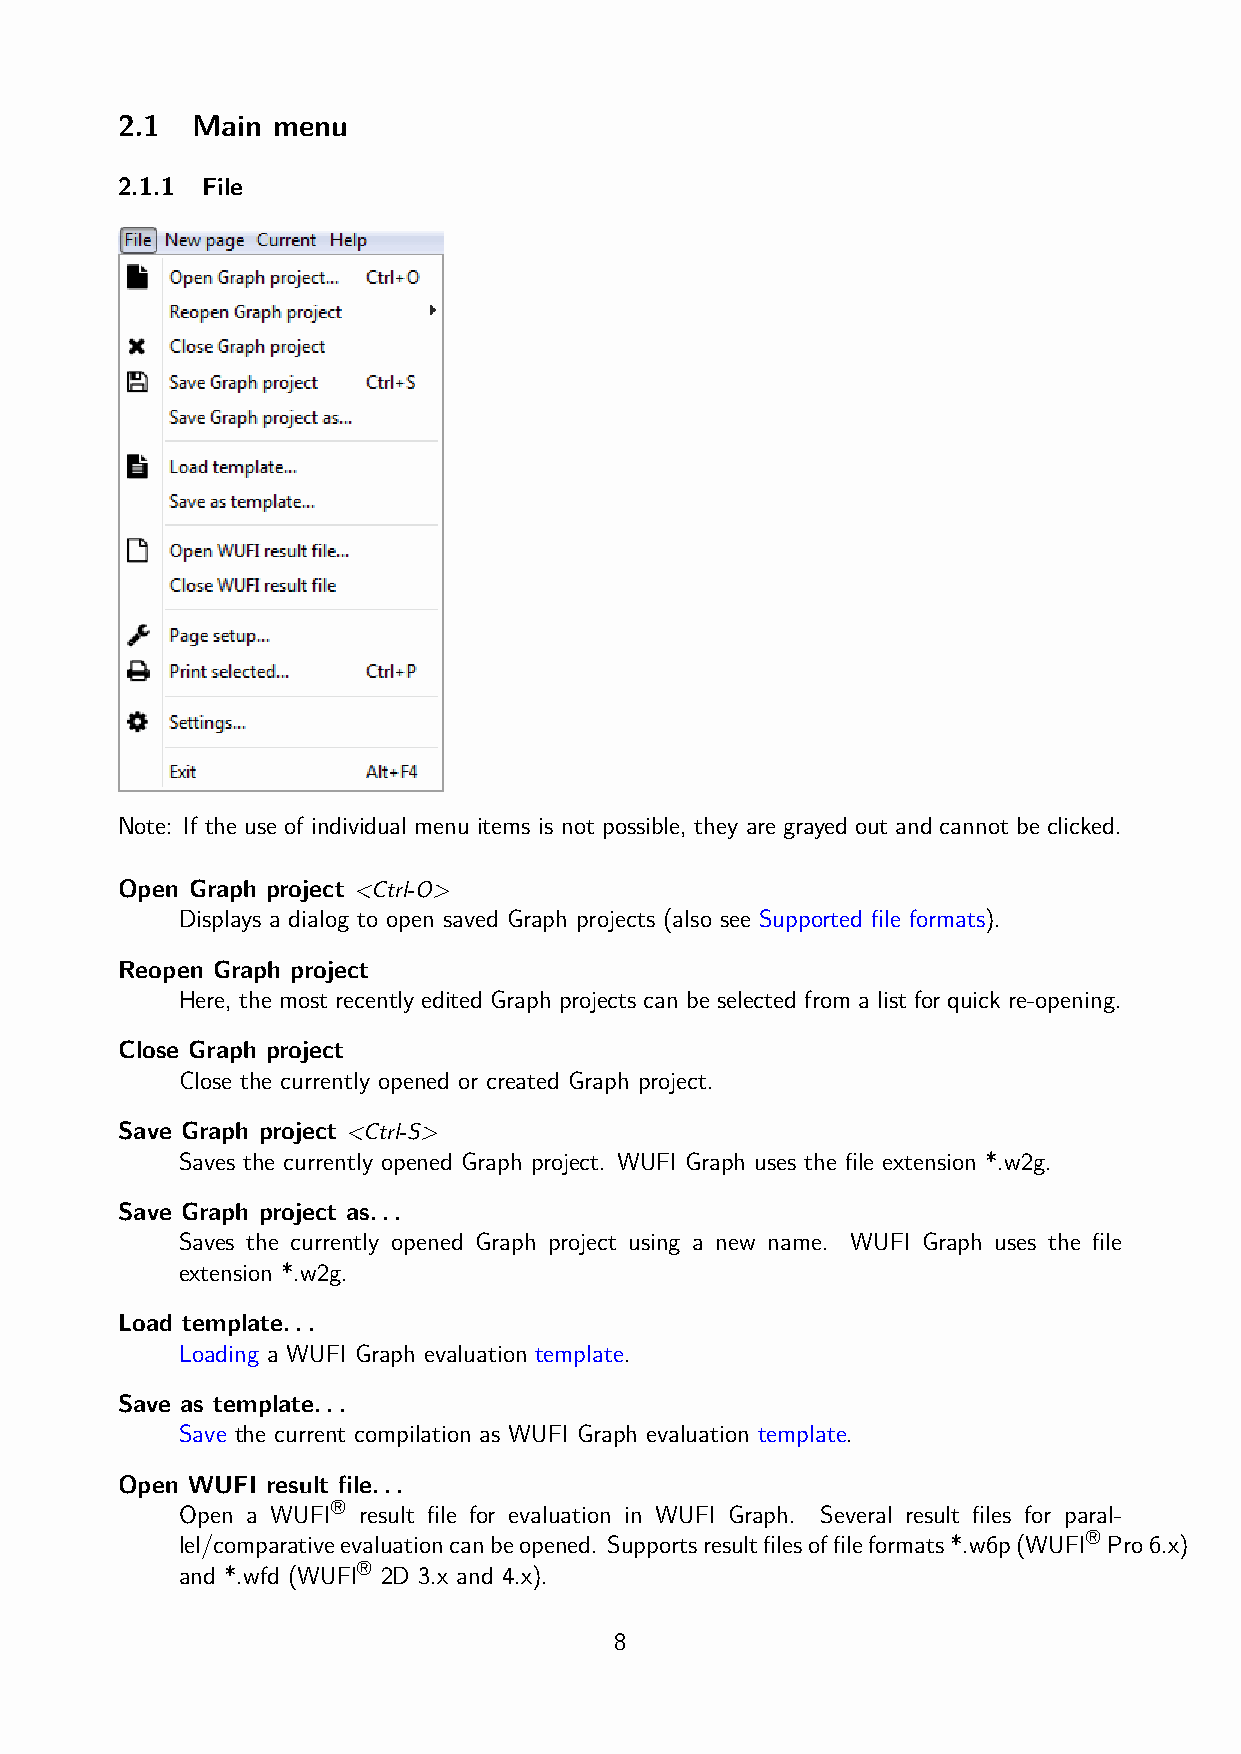
2.1  Main menu
 2.1.1 File
 Note: If the use of individual menu items is not possible, they are grayed out and cannot be clicked.
 Open Graph project
 <Ctrl-O>
 Displays a dialog to open saved Graph projects (also see Supported file formats).
 Reopen Graph project
 Here, the most recently edited Graph projects can be selected from a list for quick re-opening.
 Close Graph project
 Close the currently opened or created Graph project.
 Save Graph project
 <Ctrl-S>
 Saves the currently opened Graph project. WUFI Graph uses the file extension *.w2g.
 Save Graph project as...
 Saves the currently opened Graph project using a new name. WUFI Graph uses the file
 extension *.w2g.
 Load template...
 Loading a WUFI Graph evaluation template.
 Save as template...
 Save the current compilation as WUFI Graph evaluation template.
 Open WUFI result file...
 ®
 Open a WUFI result file for evaluation in WUFI Graph. Several result files for paral-
 ®
 lel/comparativeevaluationcanbeopened. Supportsresultfilesoffileformats*.w6p(WUFI Pro6.x)
 ®
 and *.wfd (WUFI 2D 3.x and 4.x).
 8